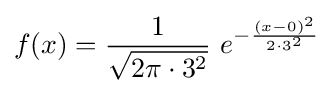
f(x)={\frac {1}{\sqrt {2\pi \cdot 3^{2}}}}\ e^{-{\frac {(x-0)^{2}}{2\cdot 3^{2}}}}